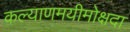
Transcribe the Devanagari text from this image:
कल्याणमयीमोक्षदा